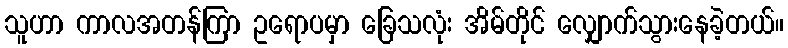
သူဟာ ကာလအတန်ကြာ ဥရောပမှာ ခြေသလုံး အိမ်တိုင် လျှောက်သွားနေခဲ့တယ်။